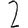
Digit: 2